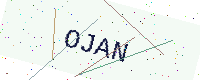
Text: OJAN